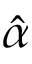
\hat { \alpha }